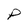
Character: P